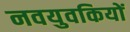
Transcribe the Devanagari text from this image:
नवयुवकियों